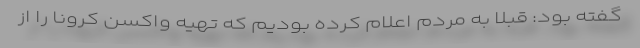
گفته بود: قبلا به مردم اعلام کرده بودیم که تهیه واکسن کرونا را از